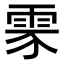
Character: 𩂚